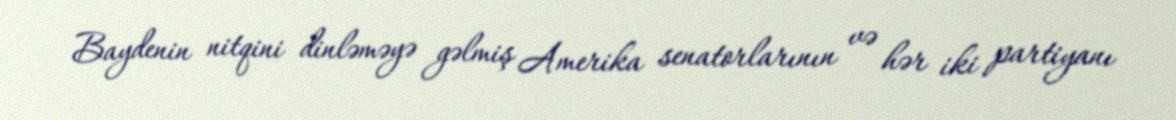
Baydenin nitqini dinləməyə gəlmiş Amerika senatorlarının və hər iki partiyanı